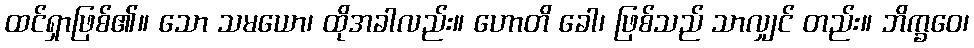
ထင်ရှာဖြစ်၏။ သော သမယော၊ ထိုအခါလည်း။ ဟောတိ ခေါ၊ ဖြစ်သည် သာလျှင် တည်း။ ဘိက္ခဝေ၊